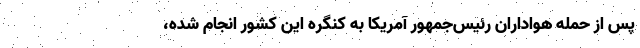
پس از حمله هواداران رئیس‌جمهور آمریکا به کنگره این کشور انجام شده،